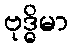
ဗုဒ္ဓိမာ